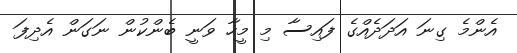
އެންމެ ގިނަ އަދަދެއްގެ ފައިސާ މި މީހާ ވަނީ ބެންކުން ނަގަން އެދިފަ